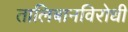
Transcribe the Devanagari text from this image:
तालिबानविरोधी